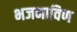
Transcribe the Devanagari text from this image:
भजनाविण